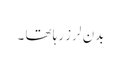
بدن لرز رہا تھا ۔